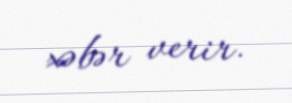
xəbər verir.